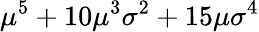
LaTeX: \mu^{5}+10\mu^{3}\sigma^{2}+15\mu\sigma^{4}